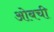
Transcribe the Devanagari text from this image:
ओबची